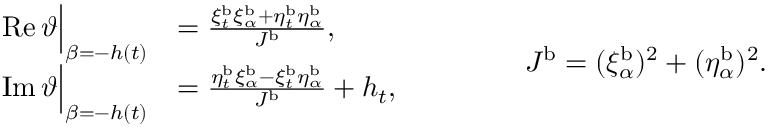
\begin{array} { r l } { \operatorname { R e } \vartheta \Big | _ { \beta = - h ( t ) } } & { = \frac { \xi _ { t } ^ { \mathrm { b } } \xi _ { \alpha } ^ { \mathrm { b } } + \eta _ { t } ^ { \mathrm { b } } \eta _ { \alpha } ^ { \mathrm { b } } } { J ^ { \mathrm { b } } } , } \\ { \operatorname { I m } \vartheta \Big | _ { \beta = - h ( t ) } } & { = \frac { \eta _ { t } ^ { \mathrm { b } } \xi _ { \alpha } ^ { \mathrm { b } } - \xi _ { t } ^ { \mathrm { b } } \eta _ { \alpha } ^ { \mathrm { b } } } { J ^ { \mathrm { b } } } + h _ { t } , } \end{array} \qquad \qquad J ^ { \mathrm { b } } = ( \xi _ { \alpha } ^ { \mathrm { b } } ) ^ { 2 } + ( \eta _ { \alpha } ^ { \mathrm { b } } ) ^ { 2 } .